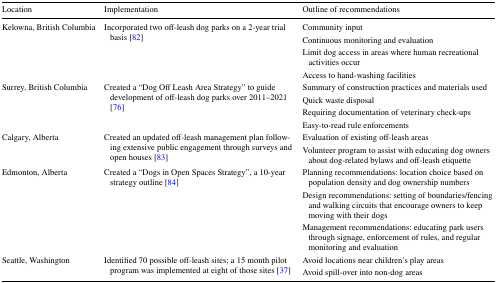
<table><thead><tr><td><b>Location</b></td><td><b>Implementation</b></td><td><b>Outline of recommendations</b></td></tr></thead><tbody><tr><td rowspan="4">Kelowna, British Columbia</td><td rowspan="4">Incorporated two off-leash dog parks on a 2-year trial basis [82]</td><td>Community input</td></tr><tr><td>Continuous monitoring and evaluation</td></tr><tr><td>Limit dog access in areas where human recreational activities occur</td></tr><tr><td>Access to hand-washing facilities</td></tr><tr><td rowspan="4">Surrey, British Columbia</td><td rowspan="4">Created a “Dog Off Leash Area Strategy” to guide development of off-leash dog parks over 2011–2021 [76]</td><td>Summary of construction practices and materials used</td></tr><tr><td>Quick waste disposal</td></tr><tr><td>Requiring documentation of veterinary check-ups</td></tr><tr><td>Easy-to-read rule enforcements</td></tr><tr><td rowspan="2">Calgary, Alberta</td><td rowspan="2">Created an updated off-leash management plan following extensive public engagement through surveys and open houses [83]</td><td>Evaluation of existing off-leash areas</td></tr><tr><td>Volunteer program to assist with educating dog owners about dog-related bylaws and off-leash etiquette</td></tr><tr><td rowspan="3">Edmonton, Alberta</td><td rowspan="3">Created a “Dogs in Open Spaces Strategy”, a 10-year strategy outline [84]</td><td>Planning recommendations: location choice based on population density and dog ownership numbers</td></tr><tr><td>Design recommendations: setting of boundaries/fencing and walking circuits that encourage owners to keep moving with their dogs</td></tr><tr><td>Management recommendations: educating park users through signage, enforcement of rules, and regular monitoring and evaluation</td></tr><tr><td rowspan="2">Seattle, Washington</td><td rowspan="2">Identified 70 possible off-leash sites; a 15 month pilot program was implemented at eight of those sites [37]</td><td>Avoid locations near children’s play areas</td></tr><tr><td>Avoid spill-over into non-dog areas</td></tr></tbody></table>